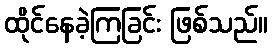
ထိုင်နေခဲ့ကြခြင်း ဖြစ်သည်။